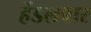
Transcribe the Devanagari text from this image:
हेंडलबार